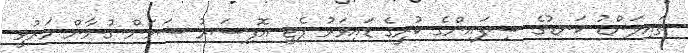
ތައިލަންޑު ކަނޑުގެ ސިފައިންގެ ކުރީގެ ޑަައިވަރު ޕެޓީ އޮފިސަރު ސަމަން ގުނާން މަރުވީ